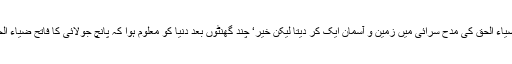
خدا نے آج کے میڈیا کی عزت رکھ لی‘ اگر وہ اس وقت ہوتا تو ضیاء الحق کی مدح سرائی میں زمین و آسمان ایک کر دیتا لیکن خیر‘ چند گھنٹوں بعد دنیا کو معلوم ہوا کہ پانچ جولائی کا فاتح ضیاء الحق اپنے دو درجن سے زائد رفقاء سمیت اب اس دنیا میں نہیں رہا۔